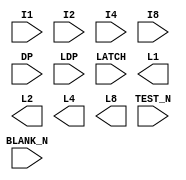
/*
 * $Id$
 */

module part_TIL309 (I1, I2, I4, I8, DP, LDP, LATCH, BLANK_N, TEST_N,
	L1, L2, L4, L8);

  input I1, I2, I4, I8, DP, LDP, LATCH, BLANK_N, TEST_N;
  output L1, L2, L4, L8;

endmodule